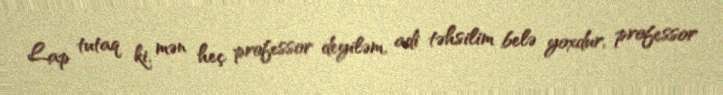
Lap tutaq ki, mən heç professor deyiləm, adi təhsilim belə yoxdur, professor